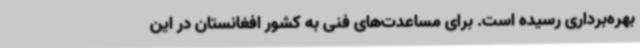
بهره‌برداری رسیده است. برای مساعدت‌های فنی به کشور افغانستان در این